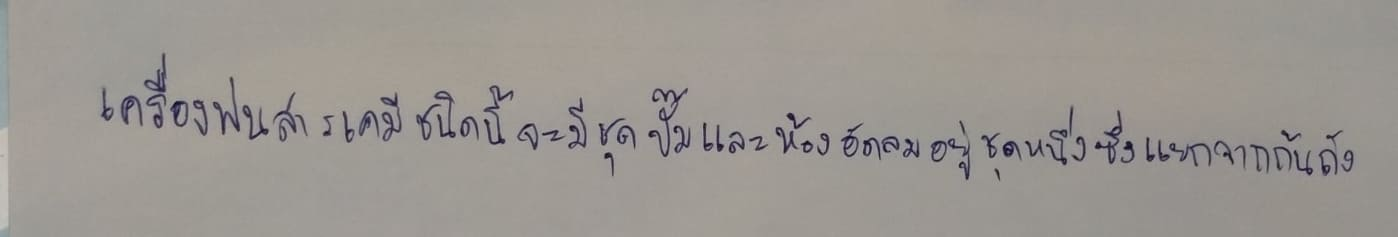
เครื่องพ่นสารเคมีชนิดนี้จะมีชุดปั๊มและห้องอัดลมอยู่ชุดหนึ่งซึ่งแยกจากก้นถัง